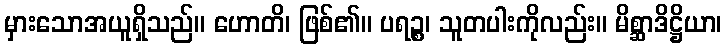
မှားသောအယူရှိသည်။ ဟောတိ၊ ဖြစ်၏။ ပရဉ္စ၊ သူတပါးကိုလည်း။ မိစ္ဆာဒိဋ္ဌိယာ၊